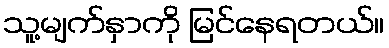
သူ့မျက်နှာကို မြင်နေရတယ်။